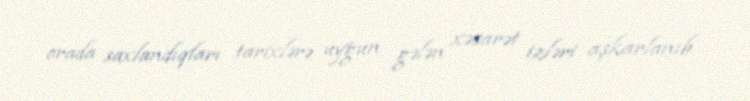
orada saxlandıqları tarixlərə uyğun gələn xəsarət izləri aşkarlanıb.